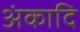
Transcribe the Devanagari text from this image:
अंकादि